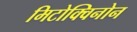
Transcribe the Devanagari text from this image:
मिटोक्विनोन